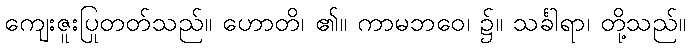
ကျေးဇူးပြုတတ်သည်။ ဟောတိ၊ ၏။ ကာမဘဝေ၊ ၌။ သင်္ခါရာ၊ တို့သည်။